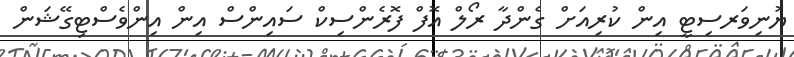
ޔުނިވަރސިޓީ އިން ކުރިއަށް ގެންދާ ރޯލް އޮފް ފޮރެންސިކް ސައިންސް އިން އިންވެސްޓިގޭޝަން